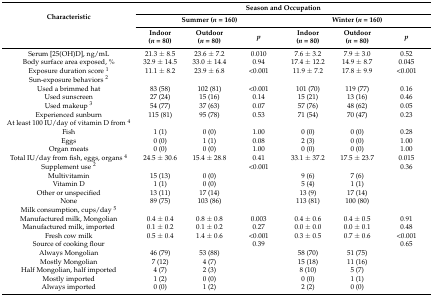
<table><thead><tr><td rowspan="3"><b>Characteristic</b></td><td colspan="6"><b>Season and Occupation</b></td></tr><tr><td colspan="3"><b>Summer (<i>n</i> = 160)</b></td><td colspan="3"><b>Winter (<i>n</i> = 160)</b></td></tr><tr><td><b>Indoor (<i>n</i> = 80)</b></td><td><b>Outdoor (<i>n</i> = 80)</b></td><td><b><i>p</i></b></td><td><b>Indoor (<i>n</i> = 80)</b></td><td><b>Outdoor (<i>n</i> = 80)</b></td><td><b><i>p</i></b></td></tr></thead><tbody><tr><td>Serum [25(OH)D], ng/mL</td><td>21.3 ± 8.5</td><td>23.6 ± 7.2</td><td>0.010</td><td>7.6 ± 3.2</td><td>7.9 ± 3.0</td><td>0.52</td></tr><tr><td>Body surface area exposed, %</td><td>32.9 ± 14.5</td><td>33.0 ± 14.4</td><td>0.94</td><td>17.4 ± 12.2</td><td>14.9 ± 8.7</td><td>0.045</td></tr><tr><td>Exposure duration score <sup>1</sup></td><td>11.1 ± 8.2</td><td>23.9 ± 6.8</td><td>&lt;0.001</td><td>11.9 ± 7.2</td><td>17.8 ± 9.9</td><td>&lt;0.001</td></tr><tr><td>Sun-exposure behaviors <sup>2</sup></td><td></td><td></td><td></td><td></td><td></td><td></td></tr><tr><td>Used a brimmed hat</td><td>83 (58)</td><td>102 (81)</td><td>&lt;0.001</td><td>101 (70)</td><td>119 (77)</td><td>0.16</td></tr><tr><td>Used sunscreen</td><td>27 (24)</td><td>15 (16)</td><td>0.14</td><td>15 (21)</td><td>13 (16)</td><td>0.46</td></tr><tr><td>Used makeup <sup>3</sup></td><td>54 (77)</td><td>37 (63)</td><td>0.07</td><td>57 (76)</td><td>48 (62)</td><td>0.05</td></tr><tr><td>Experienced sunburn</td><td>115 (81)</td><td>95 (78)</td><td>0.53</td><td>71 (54)</td><td>70 (47)</td><td>0.23</td></tr><tr><td>At least 100 IU/day of vitamin D from <sup>4</sup></td><td></td><td></td><td></td><td></td><td></td><td></td></tr><tr><td>Fish</td><td>1 (1)</td><td>0 (0)</td><td>1.00</td><td>0 (0)</td><td>0 (0)</td><td>0.28</td></tr><tr><td>Eggs</td><td>0 (0)</td><td>1 (1)</td><td>0.08</td><td>2 (3)</td><td>0 (0)</td><td>1.00</td></tr><tr><td>Organ meats</td><td>0 (0)</td><td>0 (0)</td><td>1.00</td><td>0 (0)</td><td>0 (0)</td><td>1.00</td></tr><tr><td>Total IU/day from fish, eggs, organs <sup>4</sup></td><td>24.5 ± 30.6</td><td>15.4 ± 28.8</td><td>0.41</td><td>33.1 ± 37.2</td><td>17.5 ± 23.7</td><td>0.015</td></tr><tr><td>Supplement use <sup>2</sup></td><td></td><td></td><td>&lt;0.001</td><td></td><td></td><td>0.36</td></tr><tr><td>Multivitamin</td><td>15 (13)</td><td>0 (0)</td><td></td><td>9 (6)</td><td>7 (6)</td><td></td></tr><tr><td>Vitamin D</td><td>1 (1)</td><td>0 (0)</td><td></td><td>5 (4)</td><td>1 (1)</td><td></td></tr><tr><td>Other or unspecified</td><td>13 (11)</td><td>17 (14)</td><td></td><td>13 (9)</td><td>17 (14)</td><td></td></tr><tr><td>None</td><td>89 (75)</td><td>103 (86)</td><td></td><td>113 (81)</td><td>100 (80)</td><td></td></tr><tr><td>Milk consumption, cups/day <sup>5</sup></td><td></td><td></td><td></td><td></td><td></td><td></td></tr><tr><td>Manufactured milk, Mongolian</td><td>0.4 ± 0.4</td><td>0.8 ± 0.8</td><td>0.003</td><td>0.4 ± 0.6</td><td>0.4 ± 0.5</td><td>0.91</td></tr><tr><td>Manufactured milk, imported</td><td>0.1 ± 0.2</td><td>0.1 ± 0.2</td><td>0.27</td><td>0.0 ± 0.0</td><td>0.0 ± 0.1</td><td>0.48</td></tr><tr><td>Fresh cow milk</td><td>0.5 ± 0.4</td><td>1.4 ± 0.6</td><td>&lt;0.001</td><td>0.3 ± 0.5</td><td>0.7 ± 0.6</td><td>&lt;0.001</td></tr><tr><td>Source of cooking flour</td><td></td><td></td><td>0.39</td><td></td><td></td><td>0.65</td></tr><tr><td>Always Mongolian</td><td>46 (79)</td><td>53 (88)</td><td></td><td>58 (70)</td><td>51 (75)</td><td></td></tr><tr><td>Mostly Mongolian</td><td>7 (12)</td><td>4 (7)</td><td></td><td>15 (18)</td><td>11 (16)</td><td></td></tr><tr><td>Half Mongolian, half imported</td><td>4 (7)</td><td>2 (3)</td><td></td><td>8 (10)</td><td>5 (7)</td><td></td></tr><tr><td>Mostly imported</td><td>1 (2)</td><td>0 (0)</td><td></td><td>0 (0)</td><td>1 (1)</td><td></td></tr><tr><td>Always imported</td><td>0 (0)</td><td>1 (2)</td><td></td><td>2 (2)</td><td>0 (0)</td><td></td></tr></tbody></table>